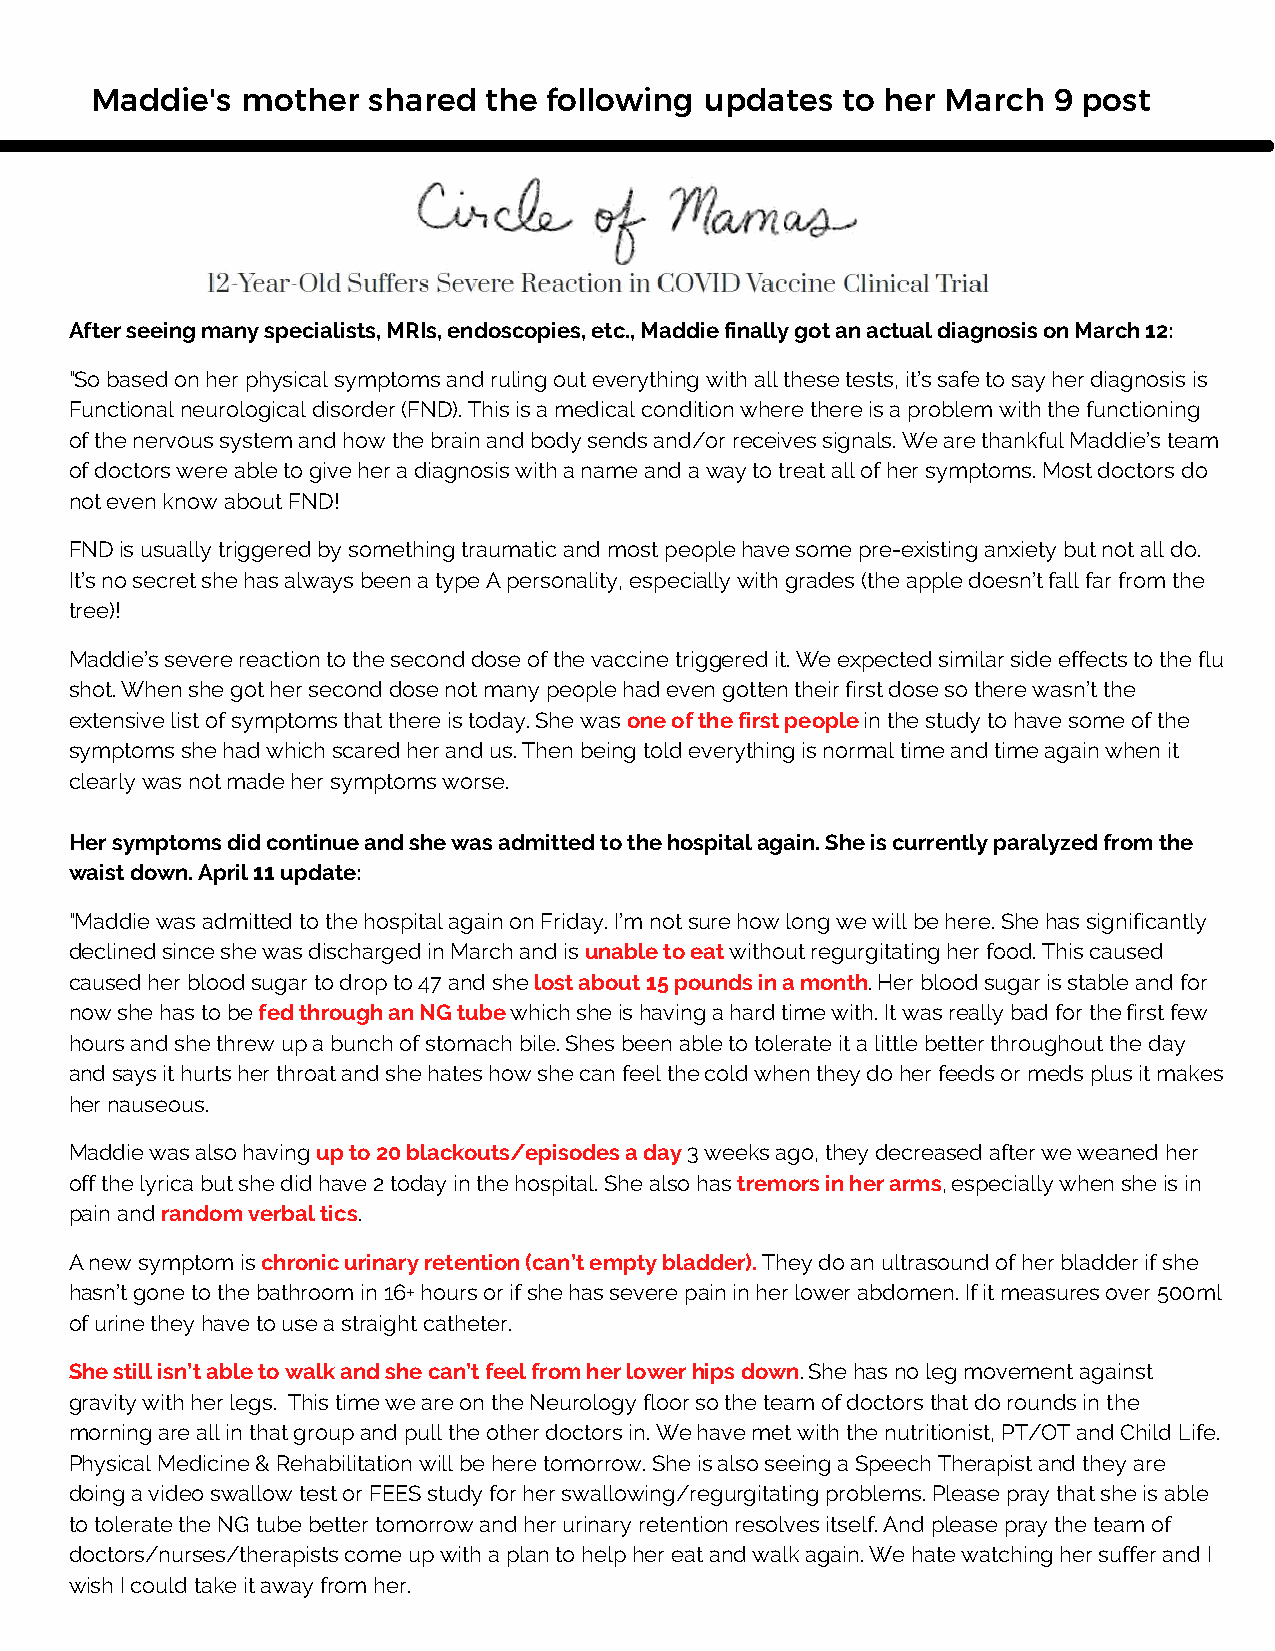
Maddie's  mother  shared  the following  updates  to her March  9 post
 After seeing many specialists, MRIs, endoscopies, etc., Maddie finally got an actual diagnosis on March 12:
 "So based on her physical symptoms and ruling out everything with all these tests, it’s safe to say her diagnosis is
 Functional neurological disorder (FND). This is a medical condition where there is a problem with the functioning
 of the nervous system and how the brain and body sends and/or receives signals. We are thankful Maddie’s team
 of doctors were able to give her a diagnosis with a name and a way to treat all of her symptoms. Most doctors do
 not even know about FND!
 FND is usually triggered by something traumatic and most people have some pre-existing anxiety but not all do.
 It’s no secret she has always been a type A personality, especially with grades (the apple doesn’t fall far from the
 tree)!
 Maddie’s severe reaction to the second dose of the vaccine triggered it. We expected similar side effects to the flu
 shot. When she got her second dose not many people had even gotten their first dose so there wasn’t the
 extensive list of symptoms that there is today. She was one of the first people in the study to have some of the
 symptoms she had which scared her and us. Then being told everything is normal time and time again when it
 clearly was not made her symptoms worse.
 Her symptoms did continue and she was admitted to the hospital again. She is currently paralyzed from the
 waist down. April 11 update:
 "Maddie was admitted to the hospital again on Friday. I’m not sure how long we will be here. She has significantly
 declined since she was discharged in March and is unable to eat without regurgitating her food. This caused
 caused her blood sugar to drop to 47 and she lost about 15 pounds in a month. Her blood sugar is stable and for
 now she has to be fed through an NG tube which she is having a hard time with. It was really bad for the first few
 hours and she threw up a bunch of stomach bile. Shes been able to tolerate it a little better throughout the day
 and says it hurts her throat and she hates how she can feel the cold when they do her feeds or meds plus it makes
 her nauseous.
 Maddie was also having up to 20 blackouts/episodes a day 3 weeks ago, they decreased after we weaned her
 off the lyrica but she did have 2 today in the hospital. She also has tremors in her arms, especially when she is in
 pain and random verbal tics.
 A new symptom is chronic urinary retention (can’t empty bladder). They do an ultrasound of her bladder if she
 hasn’t gone to the bathroom in 16+ hours or if she has severe pain in her lower abdomen. If it measures over 500ml
 of urine they have to use a straight catheter.
 She still isn’t able to walk and she can’t feel from her lower hips down. She has no leg movement against
 gravity with her legs. This time we are on the Neurology floor so the team of doctors that do rounds in the
 morning are all in that group and pull the other doctors in. We have met with the nutritionist, PT/OT and Child Life.
 Physical Medicine & Rehabilitation will be here tomorrow. She is also seeing a Speech Therapist and they are
 doing a video swallow test or FEES study for her swallowing/regurgitating problems. Please pray that she is able
 to tolerate the NG tube better tomorrow and her urinary retention resolves itself. And please pray the team of
 doctors/nurses/therapists come up with a plan to help her eat and walk again. We hate watching her suffer and I
 wish I could take it away from her.